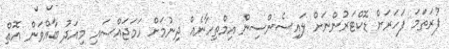
ފުރަތަމަ ފަހަރަށް ޑޮކްޓަރުންނަށް ލައިސެންސިން އިމްތިހާނެއް ދިނުމަށް ހަމަޖައްސައި މިއަދު ބާއްވަން އޮތް